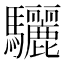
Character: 驪